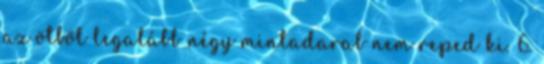
az ötbõl legalább négy mintadarab nem reped ki. 6.